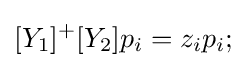
[Y_{1}]^{+}[Y_{2}]p_{i}=z_{i}p_{i};